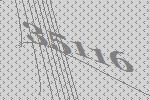
35116